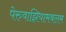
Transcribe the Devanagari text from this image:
पेरुवाझियामबलम